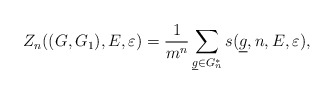
\begin{align*}Z_n((G,G_1),E, \varepsilon)=\frac{1}{m^n}\sum_{{\underline g \in G_n^*}} s(\underline g,n, E, \varepsilon),\end{align*}